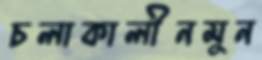
চলাকালীনমুন